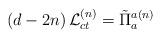
LaTeX: \begin{align*}\left( d-2n\right) {\cal L}_{ct}^{\left( n\right) }=\tilde{\Pi}_{a}^{a\left(n\right) } \end{align*}